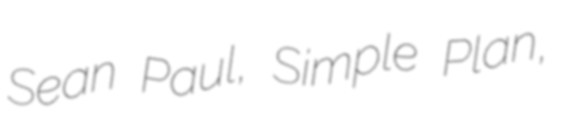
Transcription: Sean Paul, Simple Plan,